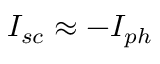
I _ { s c } \approx - I _ { p h }